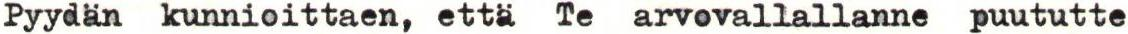
Pyydän kunnioittaen, että Te arvovallallanne puututte